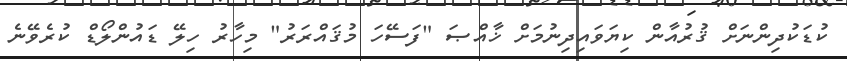
ކުޑަކުދިންނަށް ޤުރުއާން ކިޔަވައިދިނުމަށް ޚާއްޞަ "ފަސޭހަ މުޤައްރަރު" މިހާރު ހިލޭ ޑައުންލޯޑް ކުރެވޭނެ